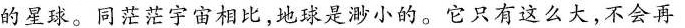
的星球。同茫茫宇宙相比，地球是渺小的。它只有这么大，不会再